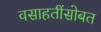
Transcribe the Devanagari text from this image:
वसाहतींसोबत